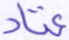
عتاد